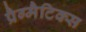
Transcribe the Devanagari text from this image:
प्रैग्मैटिक्स